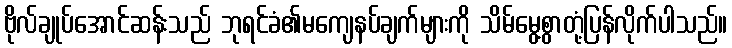
ဗိုလ်ချုပ်အောင်ဆန်းသည် ဘုရင်ခံ၏မကျေနပ်ချက်များကို သိမ်မွေ့စွာတုံ့ပြန်လိုက်ပါသည်။